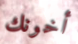
أخونك